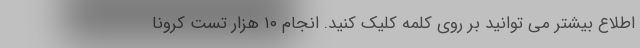
اطلاع بیشتر می توانید بر روی کلمه کلیک کنید. انجام ۱۰ هزار تست کرونا